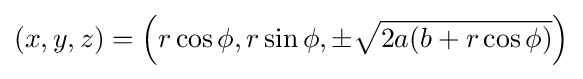
(x,y,z)=\left(r\cos \phi ,r\sin \phi ,\pm {\sqrt {2a(b+r\cos \phi )}}\right)